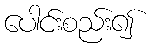
ပေါင်းစည်း၍